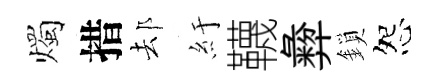
燭措𨚫紆韈彜鎖怨